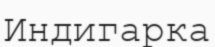
Индигарка